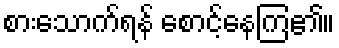
စားသောက်ရန် စောင့်နေကြ၏။